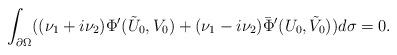
LaTeX: \begin{align*}\int_{\partial\Omega}((\nu_1+i\nu_2)\Phi'(\tilde U_0,V_0)+(\nu_1-i\nu_2)\bar\Phi'(U_0,\tilde V_0))d\sigma=0.\end{align*}